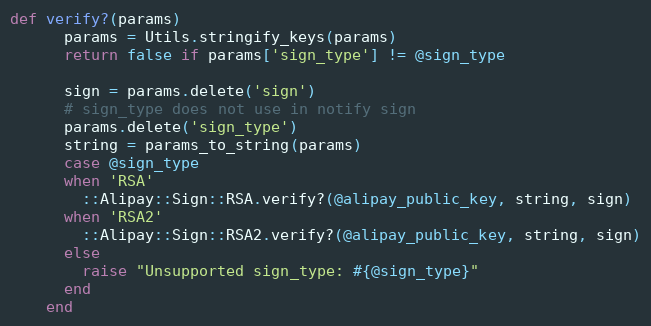
Language: Ruby
def verify?(params)
      params = Utils.stringify_keys(params)
      return false if params['sign_type'] != @sign_type

      sign = params.delete('sign')
      # sign_type does not use in notify sign
      params.delete('sign_type')
      string = params_to_string(params)
      case @sign_type
      when 'RSA'
        ::Alipay::Sign::RSA.verify?(@alipay_public_key, string, sign)
      when 'RSA2'
        ::Alipay::Sign::RSA2.verify?(@alipay_public_key, string, sign)
      else
        raise "Unsupported sign_type: #{@sign_type}"
      end
    end